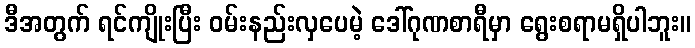
ဒီအတွက် ရင်ကျိုးပြီး ဝမ်းနည်းလှပေမဲ့ ဒေါ်ဂုဏစာရီမှာ ရွေးစရာမရှိပါဘူး။